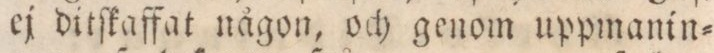
ej ditſkaffat någon, och genom uppmanin=